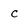
Character: C